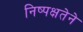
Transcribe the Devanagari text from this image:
निष्पक्षतेने